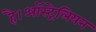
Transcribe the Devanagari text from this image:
है।ऑस्ट्रेलियन